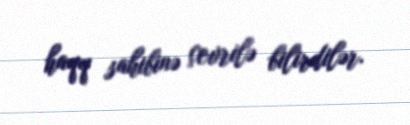
haqq sahibinə çevrilə bilirdilər.